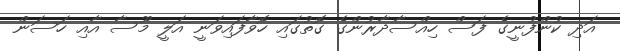
އަދި ކުންފުނީގެ ފަސް ހިއްސާދާރުންގެ ގޮތުގައި ހޮވާފައިވަނީ އަލީ މޫސާ އާއި ހަސަން